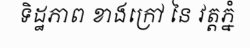
ទិដ្ឋភាព ខាងក្រៅ នៃ វត្តភ្នំ